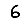
Digit: 6